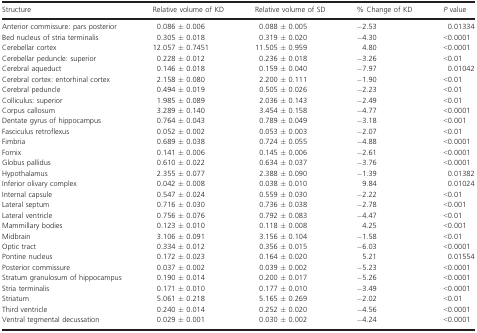
<table><thead><tr><td><b>Structure</b></td><td><b>Relative volume of KD</b></td><td><b>Relative volume of SD</b></td><td><b>% Change of KD</b></td><td><b><i>P</i> value</b></td></tr></thead><tbody><tr><td>Anterior commissure: pars posterior</td><td>0.086 ± 0.006</td><td>0.088 ± 0.005</td><td>−2.53</td><td>0.01334</td></tr><tr><td>Bed nucleus of stria terminalis</td><td>0.305 ± 0.018</td><td>0.319 ± 0.020</td><td>−4.30</td><td>&lt;0.0001</td></tr><tr><td>Cerebellar cortex</td><td>12.057 ± 0.7451</td><td>11.505 ± 0.959</td><td>4.80</td><td>&lt;0.0001</td></tr><tr><td>Cerebellar peduncle: superior</td><td>0.228 ± 0.012</td><td>0.236 ± 0.018</td><td>−3.26</td><td>&lt;0.01</td></tr><tr><td>Cerebral aqueduct</td><td>0.146 ± 0.018</td><td>0.159 ± 0.040</td><td>−7.97</td><td>0.01042</td></tr><tr><td>Cerebral cortex: entorhinal cortex</td><td>2.158 ± 0.080</td><td>2.200 ± 0.111</td><td>−1.90</td><td>&lt;0.01</td></tr><tr><td>Cerebral peduncle</td><td>0.494 ± 0.019</td><td>0.505 ± 0.026</td><td>−2.23</td><td>&lt;0.01</td></tr><tr><td>Colliculus: superior</td><td>1.985 ± 0.089</td><td>2.036 ± 0.143</td><td>−2.49</td><td>&lt;0.01</td></tr><tr><td>Corpus callosum</td><td>3.289 ± 0.140</td><td>3.454 ± 0.158</td><td>−4.77</td><td>&lt;0.0001</td></tr><tr><td>Dentate gyrus of hippocampus</td><td>0.764 ± 0.043</td><td>0.789 ± 0.049</td><td>−3.18</td><td>&lt;0.001</td></tr><tr><td>Fasciculus retroflexus</td><td>0.052 ± 0.002</td><td>0.053 ± 0.003</td><td>−2.07</td><td>&lt;0.01</td></tr><tr><td>Fimbria</td><td>0.689 ± 0.038</td><td>0.724 ± 0.055</td><td>−4.88</td><td>&lt;0.0001</td></tr><tr><td>Fornix</td><td>0.141 ± 0.006</td><td>0.145 ± 0.006</td><td>−2.61</td><td>&lt;0.0001</td></tr><tr><td>Globus pallidus</td><td>0.610 ± 0.022</td><td>0.634 ± 0.037</td><td>−3.76</td><td>&lt;0.0001</td></tr><tr><td>Hypothalamus</td><td>2.355 ± 0.077</td><td>2.388 ± 0.090</td><td>−1.39</td><td>0.01382</td></tr><tr><td>Inferior olivary complex</td><td>0.042 ± 0.008</td><td>0.038 ± 0.010</td><td>9.84</td><td>0.01024</td></tr><tr><td>Internal capsule</td><td>0.547 ± 0.024</td><td>0.559 ± 0.030</td><td>−2.22</td><td>&lt;0.01</td></tr><tr><td>Lateral septum</td><td>0.716 ± 0.030</td><td>0.736 ± 0.038</td><td>−2.78</td><td>&lt;0.001</td></tr><tr><td>Lateral ventricle</td><td>0.756 ± 0.076</td><td>0.792 ± 0.083</td><td>−4.47</td><td>&lt;0.01</td></tr><tr><td>Mammillary bodies</td><td>0.123 ± 0.010</td><td>0.118 ± 0.008</td><td>4.25</td><td>&lt;0.001</td></tr><tr><td>Midbrain</td><td>3.106 ± 0.091</td><td>3.156 ± 0.104</td><td>−1.58</td><td>&lt;0.01</td></tr><tr><td>Optic tract</td><td>0.334 ± 0.012</td><td>0.356 ± 0.015</td><td>−6.03</td><td>&lt;0.0001</td></tr><tr><td>Pontine nucleus</td><td>0.172 ± 0.023</td><td>0.164 ± 0.020</td><td>5.21</td><td>0.01554</td></tr><tr><td>Posterior commissure</td><td>0.037 ± 0.002</td><td>0.039 ± 0.002</td><td>−5.23</td><td>&lt;0.0001</td></tr><tr><td>Stratum granulosum of hippocampus</td><td>0.190 ± 0.014</td><td>0.200 ± 0.017</td><td>−5.26</td><td>&lt;0.0001</td></tr><tr><td>Stria terminalis</td><td>0.171 ± 0.010</td><td>0.177 ± 0.010</td><td>−3.49</td><td>&lt;0.0001</td></tr><tr><td>Striatum</td><td>5.061 ± 0.218</td><td>5.165 ± 0.269</td><td>−2.02</td><td>&lt;0.01</td></tr><tr><td>Third ventricle</td><td>0.240 ± 0.014</td><td>0.252 ± 0.020</td><td>−4.56</td><td>&lt;0.0001</td></tr><tr><td>Ventral tegmental decussation</td><td>0.029 ± 0.001</td><td>0.030 ± 0.002</td><td>−4.24</td><td>&lt;0.0001</td></tr></tbody></table>